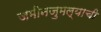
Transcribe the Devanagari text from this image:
जमीनजुमल्याची